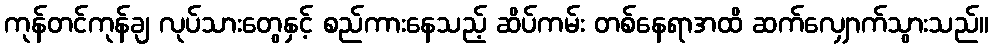
ကုန်တင်ကုန်ချ လုပ်သားတွေနှင့် စည်ကားနေသည့် ဆိပ်ကမ်း တစ်နေရာအထိ ဆက်လျှောက်သွားသည်။